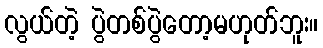
လွယ်တဲ့ ပွဲတစ်ပွဲတော့မဟုတ်ဘူး။